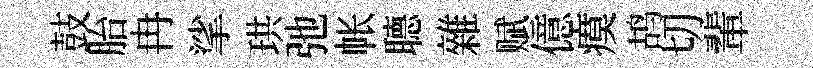
鼓胎冉挲珙弛帐𦗟雜赋億瘼鸪切輩